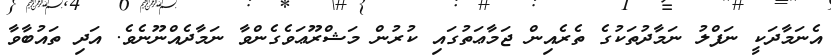
އެނަމާދަކީ ނަފްލު ނަމާދުތަކުގެ ތެރެއިން ޖަމާޢަތުގައި ކުރުން މަޝްރޫޢަވެގެންވާ ނަމާދެއްނޫނެވެ. އަދި ތައުބާވާ